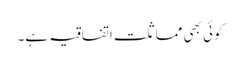
کوئی بھی مماثلت اتفاقیہ ہے۔